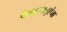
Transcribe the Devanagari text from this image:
पैराइन्फ्लुएंजा